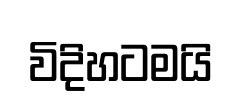
විදිහටමයි